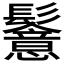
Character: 𩯵